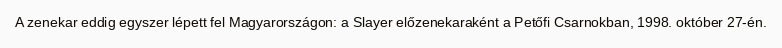
A zenekar eddig egyszer lépett fel Magyarországon: a Slayer előzenekaraként a Petőfi Csarnokban, 1998. október 27-én.